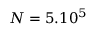
N = 5 . 1 0 ^ { 5 }